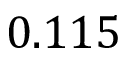
0 . 1 1 5